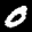
Label: 0